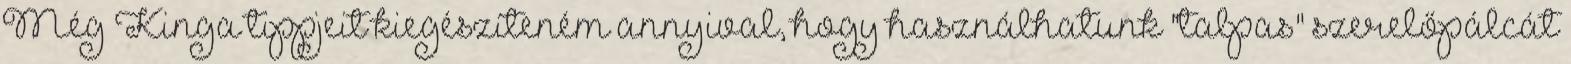
Még Kinga tippjeit kiegészíteném annyival, hogy használhatunk "talpas" szerelőpálcát